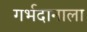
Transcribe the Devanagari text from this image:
गर्भदानाला